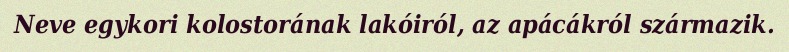
Neve egykori kolostorának lakóiról, az apácákról származik.